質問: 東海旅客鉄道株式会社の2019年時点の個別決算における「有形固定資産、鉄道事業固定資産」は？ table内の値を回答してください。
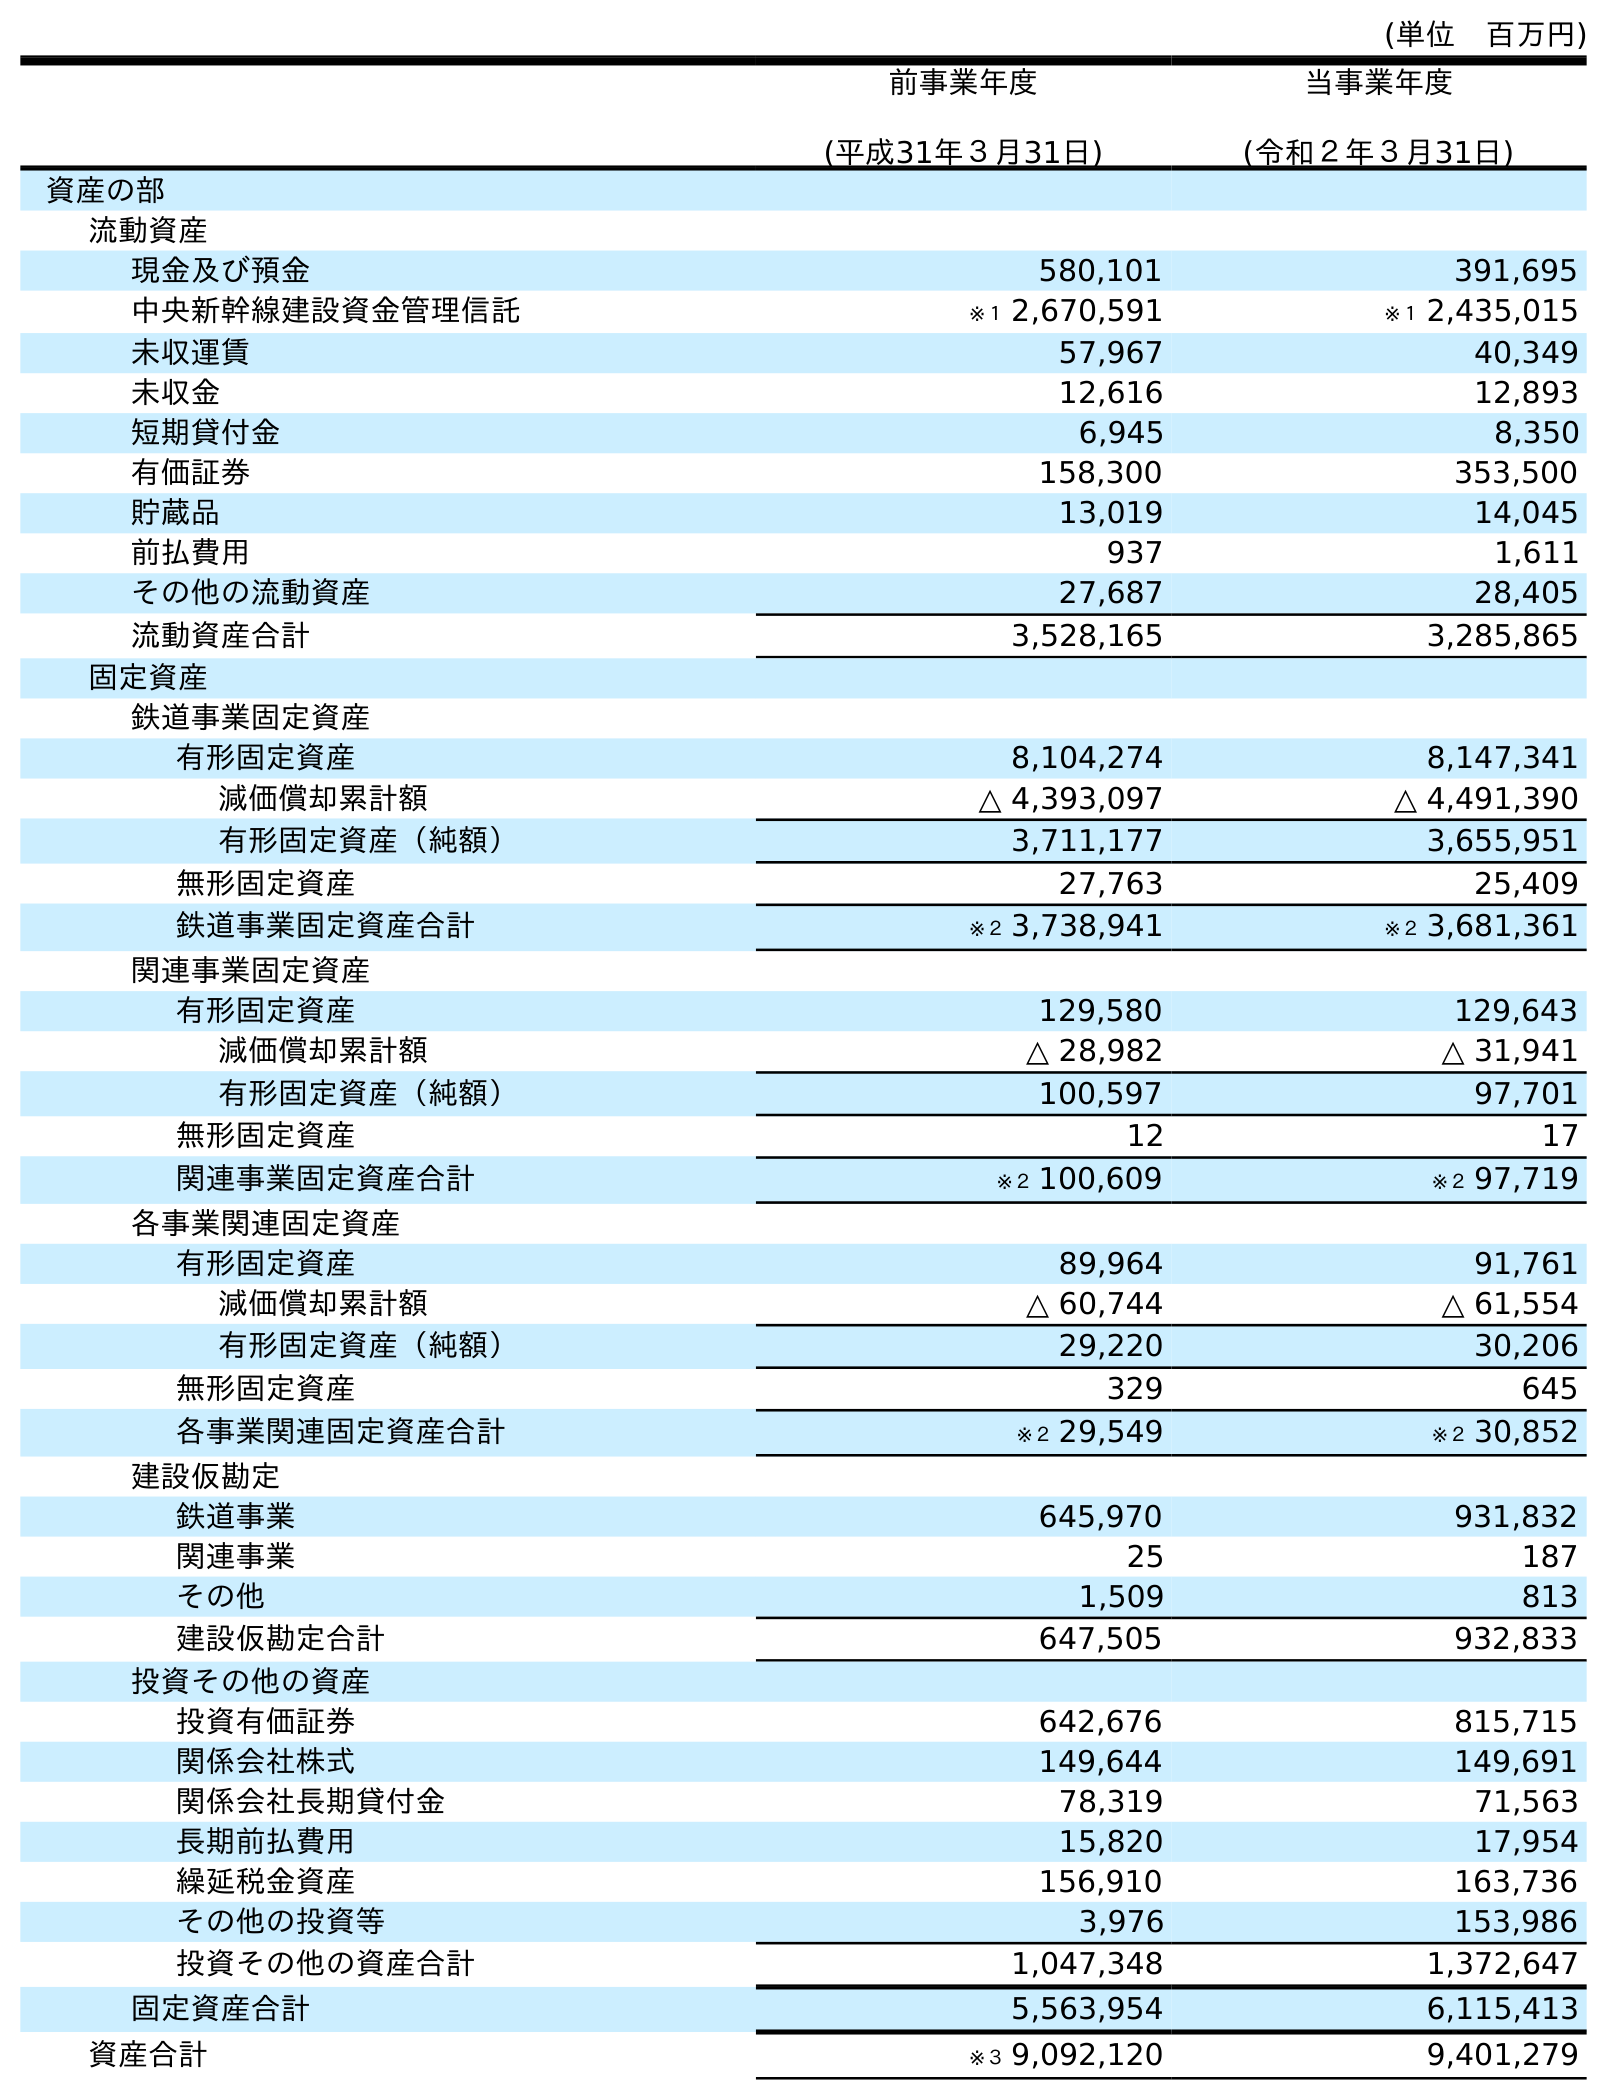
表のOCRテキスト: (単位 百万円) 前事業年度 (平成31年３月31日) 当事業年度 (令和２年３月31日) 資産の部 流動資産 現金及び預金 580,101 391,695 中央新幹線建設資金管理信託 ※１ 2,670,591 ※１ 2,435,015 未収運賃 57,967 40,349 未収金 12,616 12,893 短期貸付金 6,945 8,350 有価証券 158,300 353,500 貯蔵品 13,019 14,045 前払費用 937 1,611 その他の流動資産 27,687 28,405 流動資産合計 3,528,165 3,285,865 固定資産 鉄道事業固定資産 有形固定資産 8,104,274 8,147,341 減価償却累計額 △ 4,393,097 △ 4,491,390 有形固定資産（純額） 3,711,177 3,655,951 無形固定資産 27,763 25,409 鉄道事業固定資産合計 ※２ 3,738,941 ※２ 3,681,361 関連事業固定資産 有形固定資産 129,580 129,643 減価償却累計額 △ 28,982 △ 31,941 有形固定資産（純額） 100,597 97,701 無形固定資産 12 17 関連事業固定資産合計 ※２ 100,609 ※２ 97,719 各事業関連固定資産 有形固定資産 89,964 91,761 減価償却累計額 △ 60,744 △ 61,554 有形固定資産（純額） 29,220 30,206 無形固定資産 329 645 各事業関連固定資産合計 ※２ 29,549 ※２ 30,852 建設仮勘定 鉄道事業 645,970 931,832 関連事業 25 187 その他 1,509 813 建設仮勘定合計 647,505 932,833 投資その他の資産 投資有価証券 642,676 815,715 関係会社株式 149,644 149,691 関係会社長期貸付金 78,319 71,563 長期前払費用 15,820 17,954 繰延税金資産 156,910 163,736 その他の投資等 3,976 153,986 投資その他の資産合計 1,047,348 1,372,647 固定資産合計 5,563,954 6,115,413 資産合計 ※３ 9,092,120 9,401,279
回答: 8,104,274